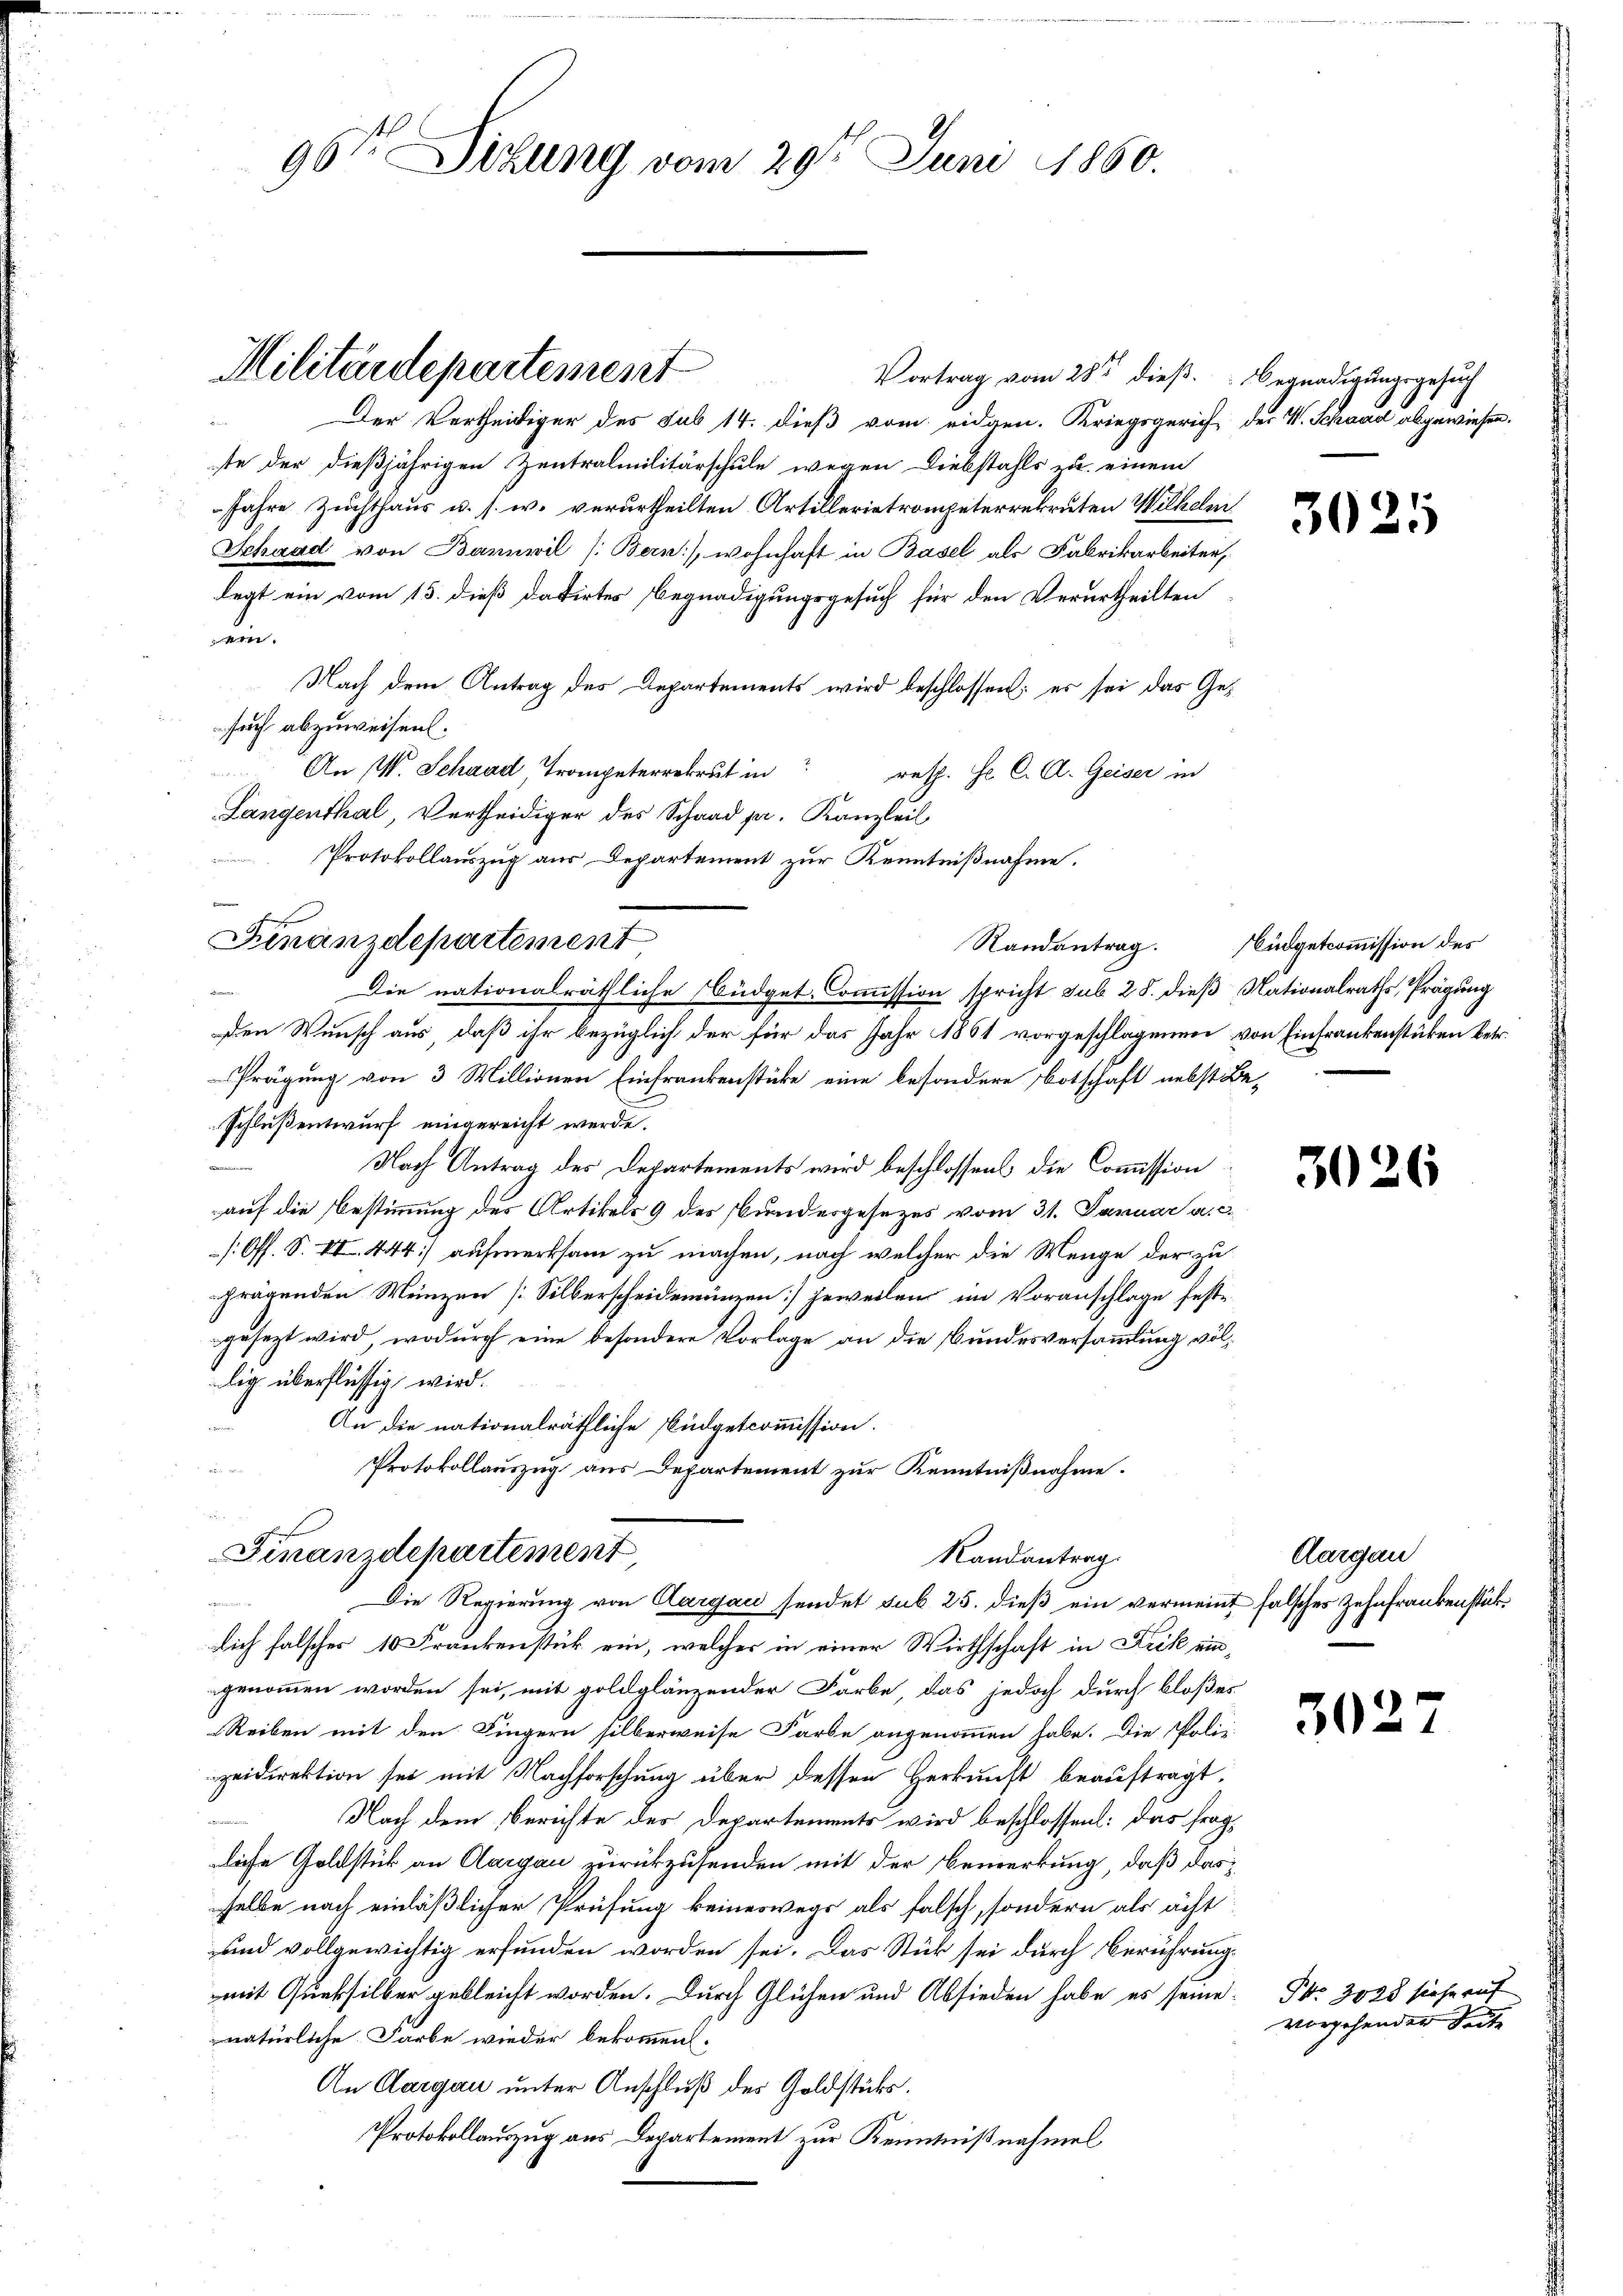
96te Sitzung vom 29ten Juni 1860.

Vortrag vom 28ten dieß. Begnadigungsgesuch
Der Vertheidiger des sub 14. dieß vom eidgen. Kriegsgerich der V. Schaad abgewiesen.
ste der dießjährigen Zentralmilitärschule wegen Diebstahls zu einem
Jahre Zuchthaus u. s. w. verurtheilten Artillerietrompeterrekruten Wilhelm
Schaad von Bannwil (Bern), wohnhaft in Basel als Fabrikarbeiter,
legt ein vom 15. dieß datirtes Begnadigungsgesuch für den Verurtheilten
e
Nach dem Antrag des Departements wird beschlossen; es sei das Gesuch abzuweisen.
An W. Schaad, Trompeterekrut in
rath. Hr. C. A. Geiser in
Langenthal, Vertheidiger des Schaad pr. Kanzleil
Protokollauszug aus Departement zur Kenntnißnahme.
Finanzdepartement
Randantrag.

Die nationalräthliche Büdget-Commission spricht sub 28. dieß Nationalraths, Prägung
den Wunsch aus, daß ihr bezüglich der für das Jahr 1861 vorgeschlagenen von Einfrankenstücken betr.
Prägung von 3 Millionen Einfrankenstüke eine besondere Botschaft nebst Beschlußentwurf eingereicht werde.
Nach Antrag des Departements wird beschlossens die Commission
auf die Bestimmung des Artikels 9 des Bundesgesezes vom 31. Januar a. c.
: Off. S. VI. 444) aufmerksam zu machen, nach welcher die Menge der zu
fragenden Wenzen [Silberscheidemünzen jeweilen im Voranschlage feste
gesezt wird, wodurch eine besondere Vorlage an die Bundesversammlung vollig überflüssig wird.
An die nationalräthliche Büdgetcommission.
Protokollauszug aus Departement zur Kenntnißnahme.

Militärdepartement

Finanzdepartement
Randantrag.
Die Regierung von Aargau sendet sub 25. dieß ein vermeint falsches Zehnfrankenstük¬

lich falscher 10 Frankenstück ein, welcher in einer Wirthschaft in Fick eingenommen worden sei, mit goldglänzender Farbe, das jedoch durch bloßes
Reiben mit den Fingern silberweise Farbe angenommen habe. Die Poliz-
zeidirektion sei mit Nachforschung über dessen Herkunft beauftragt,
Nach dem Berichte des Departements wird beschlossen: Das fragliche Goldstück an Aargau zurückzusenden mit der Bemerkung, daß das
selbe nach einläßlicher Prüfung keineswegs als falsch, sondern als acht
und vollgewichtig erfunden worden sei. Das Stück sei durch Berührung.
mit Quersilber gebleicht worden. Durch Glühen und Absieden habe es seine
natürliche Farbe wieder bekommen.
An Aargau unter Anschluß des Goldstücks.
Protokollauszug aus Departement zur Kenntnißnahmel

3025

Büdgetcommission des

302

Aargau

302

Fr. 3000 siehe auf
vorgehenden Seite

s